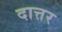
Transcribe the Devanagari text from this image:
दात्तर